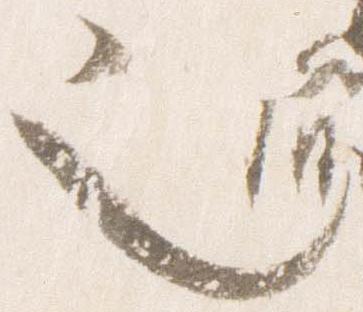
也